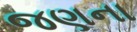
જણના